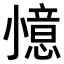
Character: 𭕌